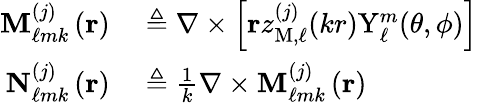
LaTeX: \begin{array}{rl}{\mathbf{M}_{\ell mk}^{(j)}\left(\mathbf{r}\right)}&{{}\triangleq\nabla\times\left[\mathbf{r}z_{\mathrm{M},\ell}^{(j)}(kr)\mathrm{Y}_{\ell}^{m}(\theta,\phi)\right]}\\ {\mathbf{N}_{\ell mk}^{(j)}\left(\mathbf{r}\right)}&{{}\triangleq\frac{1}{k}\nabla\times\mathbf{M}_{\ell mk}^{(j)}\left(\mathbf{r}\right)}\end{array}